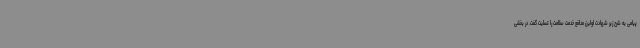
پیامی به شرح زیر شهادت اولین مدافع خدمت سلامت را تسلیت گفت. در بخشی